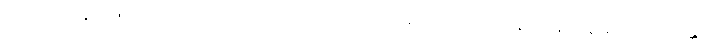
ဩဒါတဝတ္ထာ၊ ဖြူသောအဝတ်ရှိကုန်သည်။ ဩဒါတလင်္ကရာ၊ ဖြူသောတန်ဆာရှိကုန်သည်။ ဟောန္တိ၊